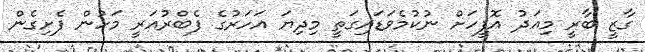
ގާޒީ ބާރީ މިއަދު އޮފީހަށް ނުކުމެވަޑައިގަތީ މިދިޔަ އަހަރުގެ ފެބްރުއަރީ މަހުން ފެށިގެން